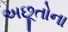
અછૂતોના